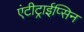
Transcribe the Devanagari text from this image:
एंटीट्राईप्सिन